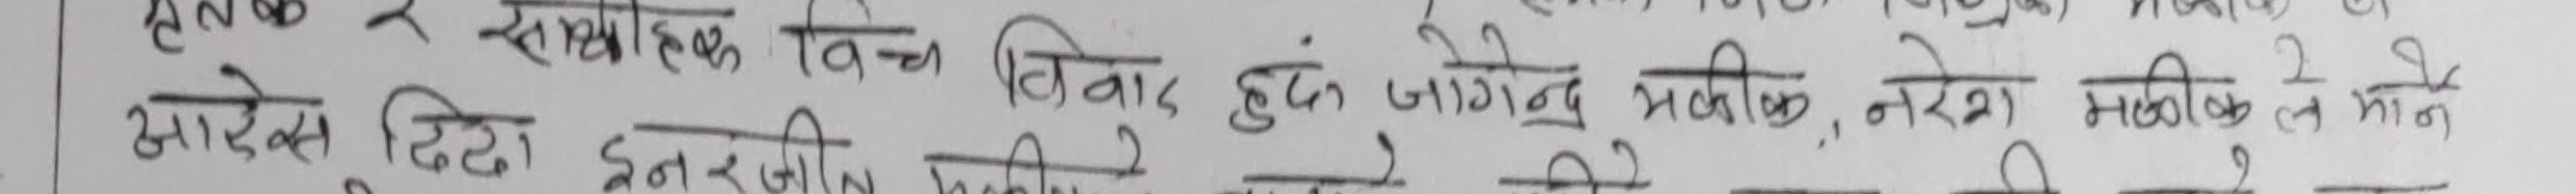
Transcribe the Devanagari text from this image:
हालका र समसामयिक विषय विवाद हुंदै जागेन्द्र भर्तिक, नकेग भर्तिक ले माने
आदेश दिई इनर्जील